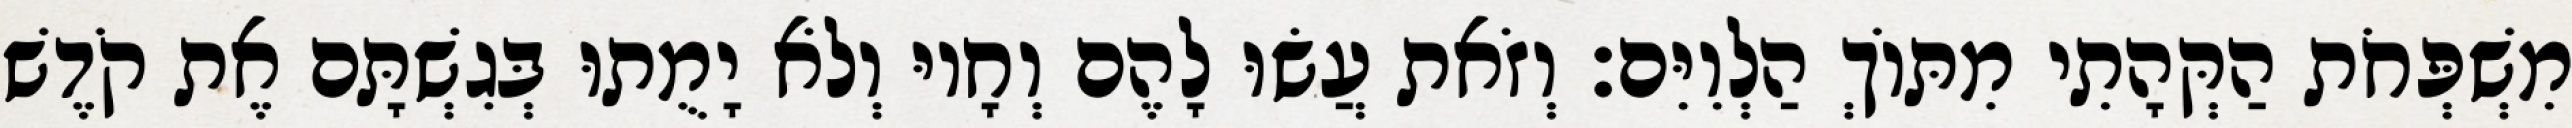
מִשְׁפְּחֹת הַקְּהָתִי מִתּוֹךְ הַלְוִיִּם׃ וְזֹאת עֲשׂוּ לָהֶם וְחָיוּ וְלֹא יָמֻתוּ בְּגִשְׁתָּם אֶת קֹדֶשׁ